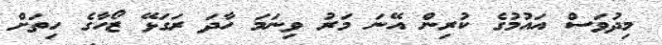
މިދުވަސް އައުމުގެ ކުރިން އޭނަ މަރު ވިނަމަ ހާދަ ރަގަޅޭ ޒޯހާގެ ހިތަށް